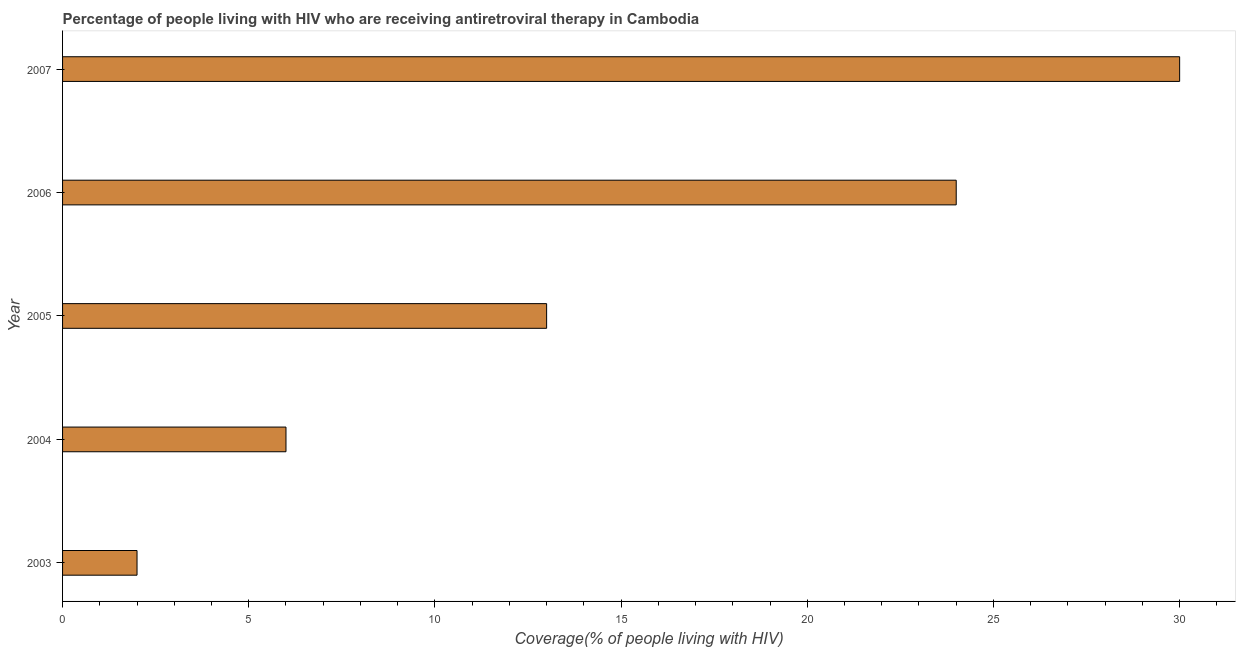
| Year | Antiretroviral therapy coverage |
 | --- | --- |
 | 2003 | 2 |
 | 2004 | 6 |
 | 2005 | 13 |
 | 2006 | 24 |
 | 2007 | 30 |